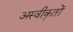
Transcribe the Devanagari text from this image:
अस्‍वीकृतों